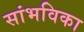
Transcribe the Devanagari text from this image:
सांभविका